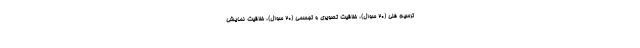
ترسیم فنی (۲۰ سوال)، خلاقیت تصویری و تجسمی (۲۰ سوال)، خلاقیت نمایشی